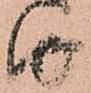
由